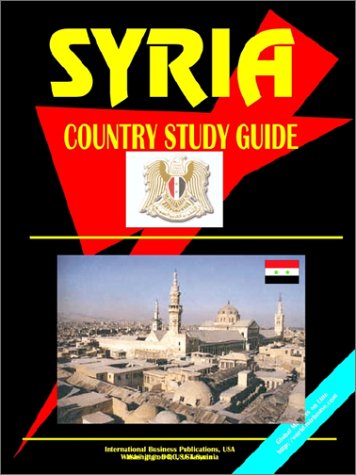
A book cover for Syria Country Study Guide (World Country Study Guide Library); Ibp Usa; Travel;